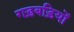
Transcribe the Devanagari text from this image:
गड़बड़ियों